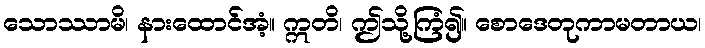
သောဿာမိ၊ နားထောင်အံ့။ ဣတိ၊ ဤသို့ကြံ၍။ စောဒေတုကာမတာယ၊